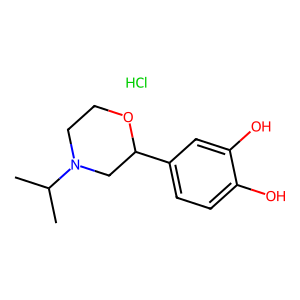
SMILES: CC(C)N1CCOC(c2ccc(O)c(O)c2)C1.Cl
Inhibits HIV replication: No